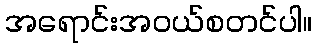
အရောင်းအဝယ်စတင်ပါ။